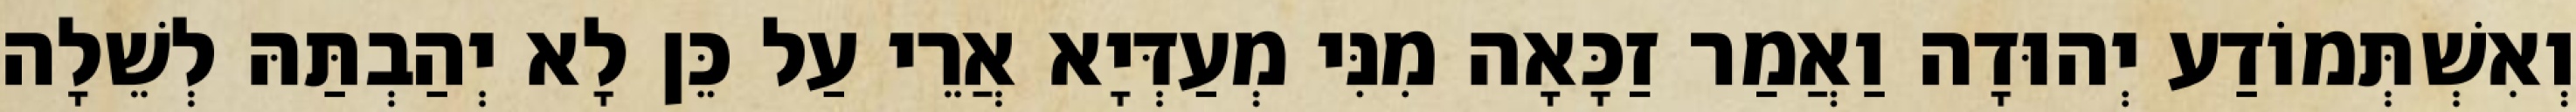
וְאִשְׁתְּמוֹדַע יְהוּדָה וַאֲמַר זַכָּאָה מִנִּי מְעַדְּיָא אֲרֵי עַל כֵּן לָא יְהַבְתַּהּ לְשֵׁלָה